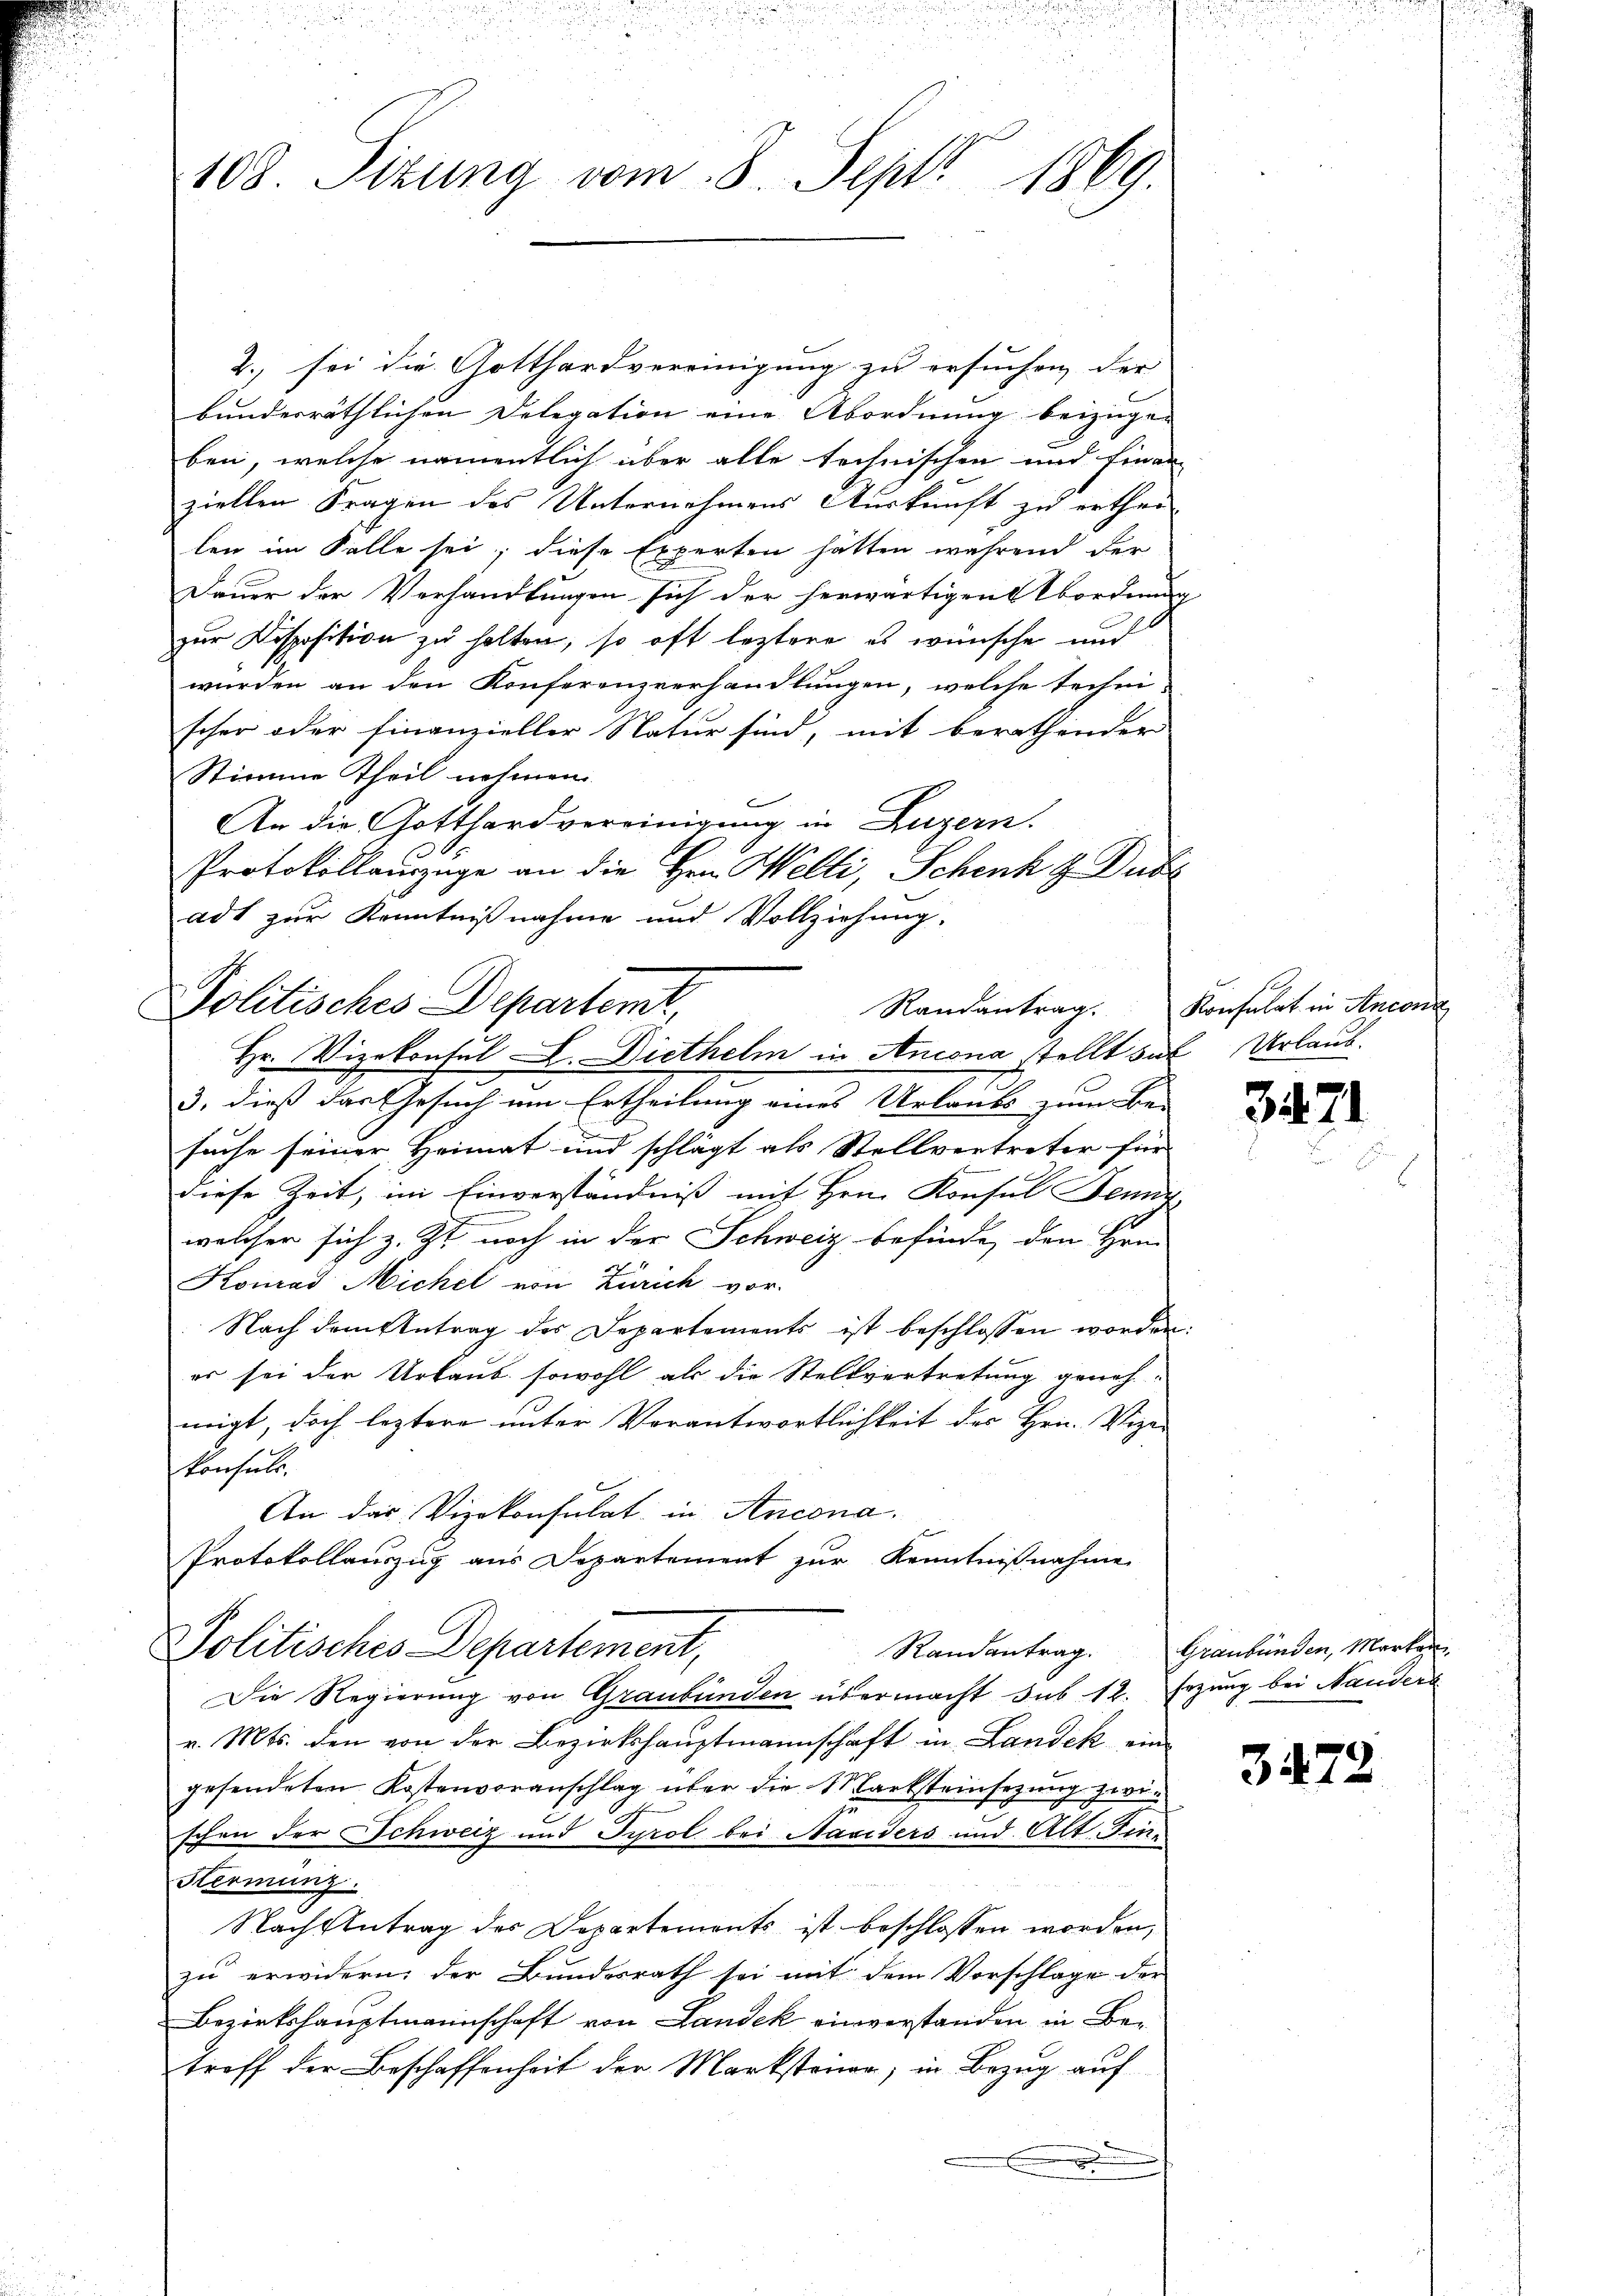
108 Sitzung vom 8. Sept. 1869.

2., sei die Gotthardvereinigung zu ersuchen der
bundesräthlichen Delegation eine Abordnung beizugeben, welche namentlich über alle technischen und Finan
ziellen Fragen des Unternehmens Auskunft zu erthei-
len im Falle sei; diese Experten hätten während der
Dauer der Verhandlungen sich der herwärtigen Abordnung
zur Disposition zu halten, so oft leztere es wünsche und
wurden an den Konferenzverhandlungen, welche techni-
scher oder Finanzieller Natur sind, mit berathender
Stimme Theil nehmen.
An die Gotthardvereinigung in Luzern.
Protokollanzüge an die Hrn. Welti, Schenk & Dubs
adt zur Kenntnißnahme und Vollziehung.

Politisches Departemt,
Randantrag.
Hr. Vizekonsul L. Diethelm in Ancona stellt sie Urlaub.

z
3. dieß das Gesuch um Ertheilung eines Urlaubs zum Be-
suche seiner Heimat und schlägt als Stellvertreter für
diese Zeit, im Einverständniß mit Hrn. Konsul Semin
welcher sich z. Zt. noch in der Schweiz befinde, den Hrn.
Konrad Michel von Zürich vor.
Nach dem Antrag des Departements ist beschlossen worden:
er sei der Urlaub sowohl als die Stellvertretung geneh-
migt, doch leztere unter Vorantwortlichkeit des Hrn. Vize-
konsuls.
An das Vizekonsulat in Ancona.
Protokollauszug aus Departement zur Kenntnißnahme
Politisches Departement,
Die Regierung von Graubünden übermacht sub 12. Erzung bei Nanders
v. Mts. den von der Bezirkshauptmannschaft in Landek ein
gesendeten Kostenvoranschlag über die Marksteinsezung zwin
schon der Schweiz und Tyrol bei Naviders und Alt. Fin¬
Hermanz.
Nachzutrag des Departements ist beschlossen worden,
zu erwidern, der Bundesrath sei mit dem Vorschlage der
Bezirkshauptmannschaft von Landek einverstanden in Betreff der Beschaffenheit der Marksteien; in Bezug auf
x

Konsulat in Anconi

3471

Randantrag. Graubünden, Marken

3472